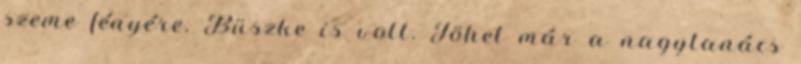
szeme fényére. Büszke is volt. Jöhet már a nagytanács